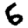
Digit: 6